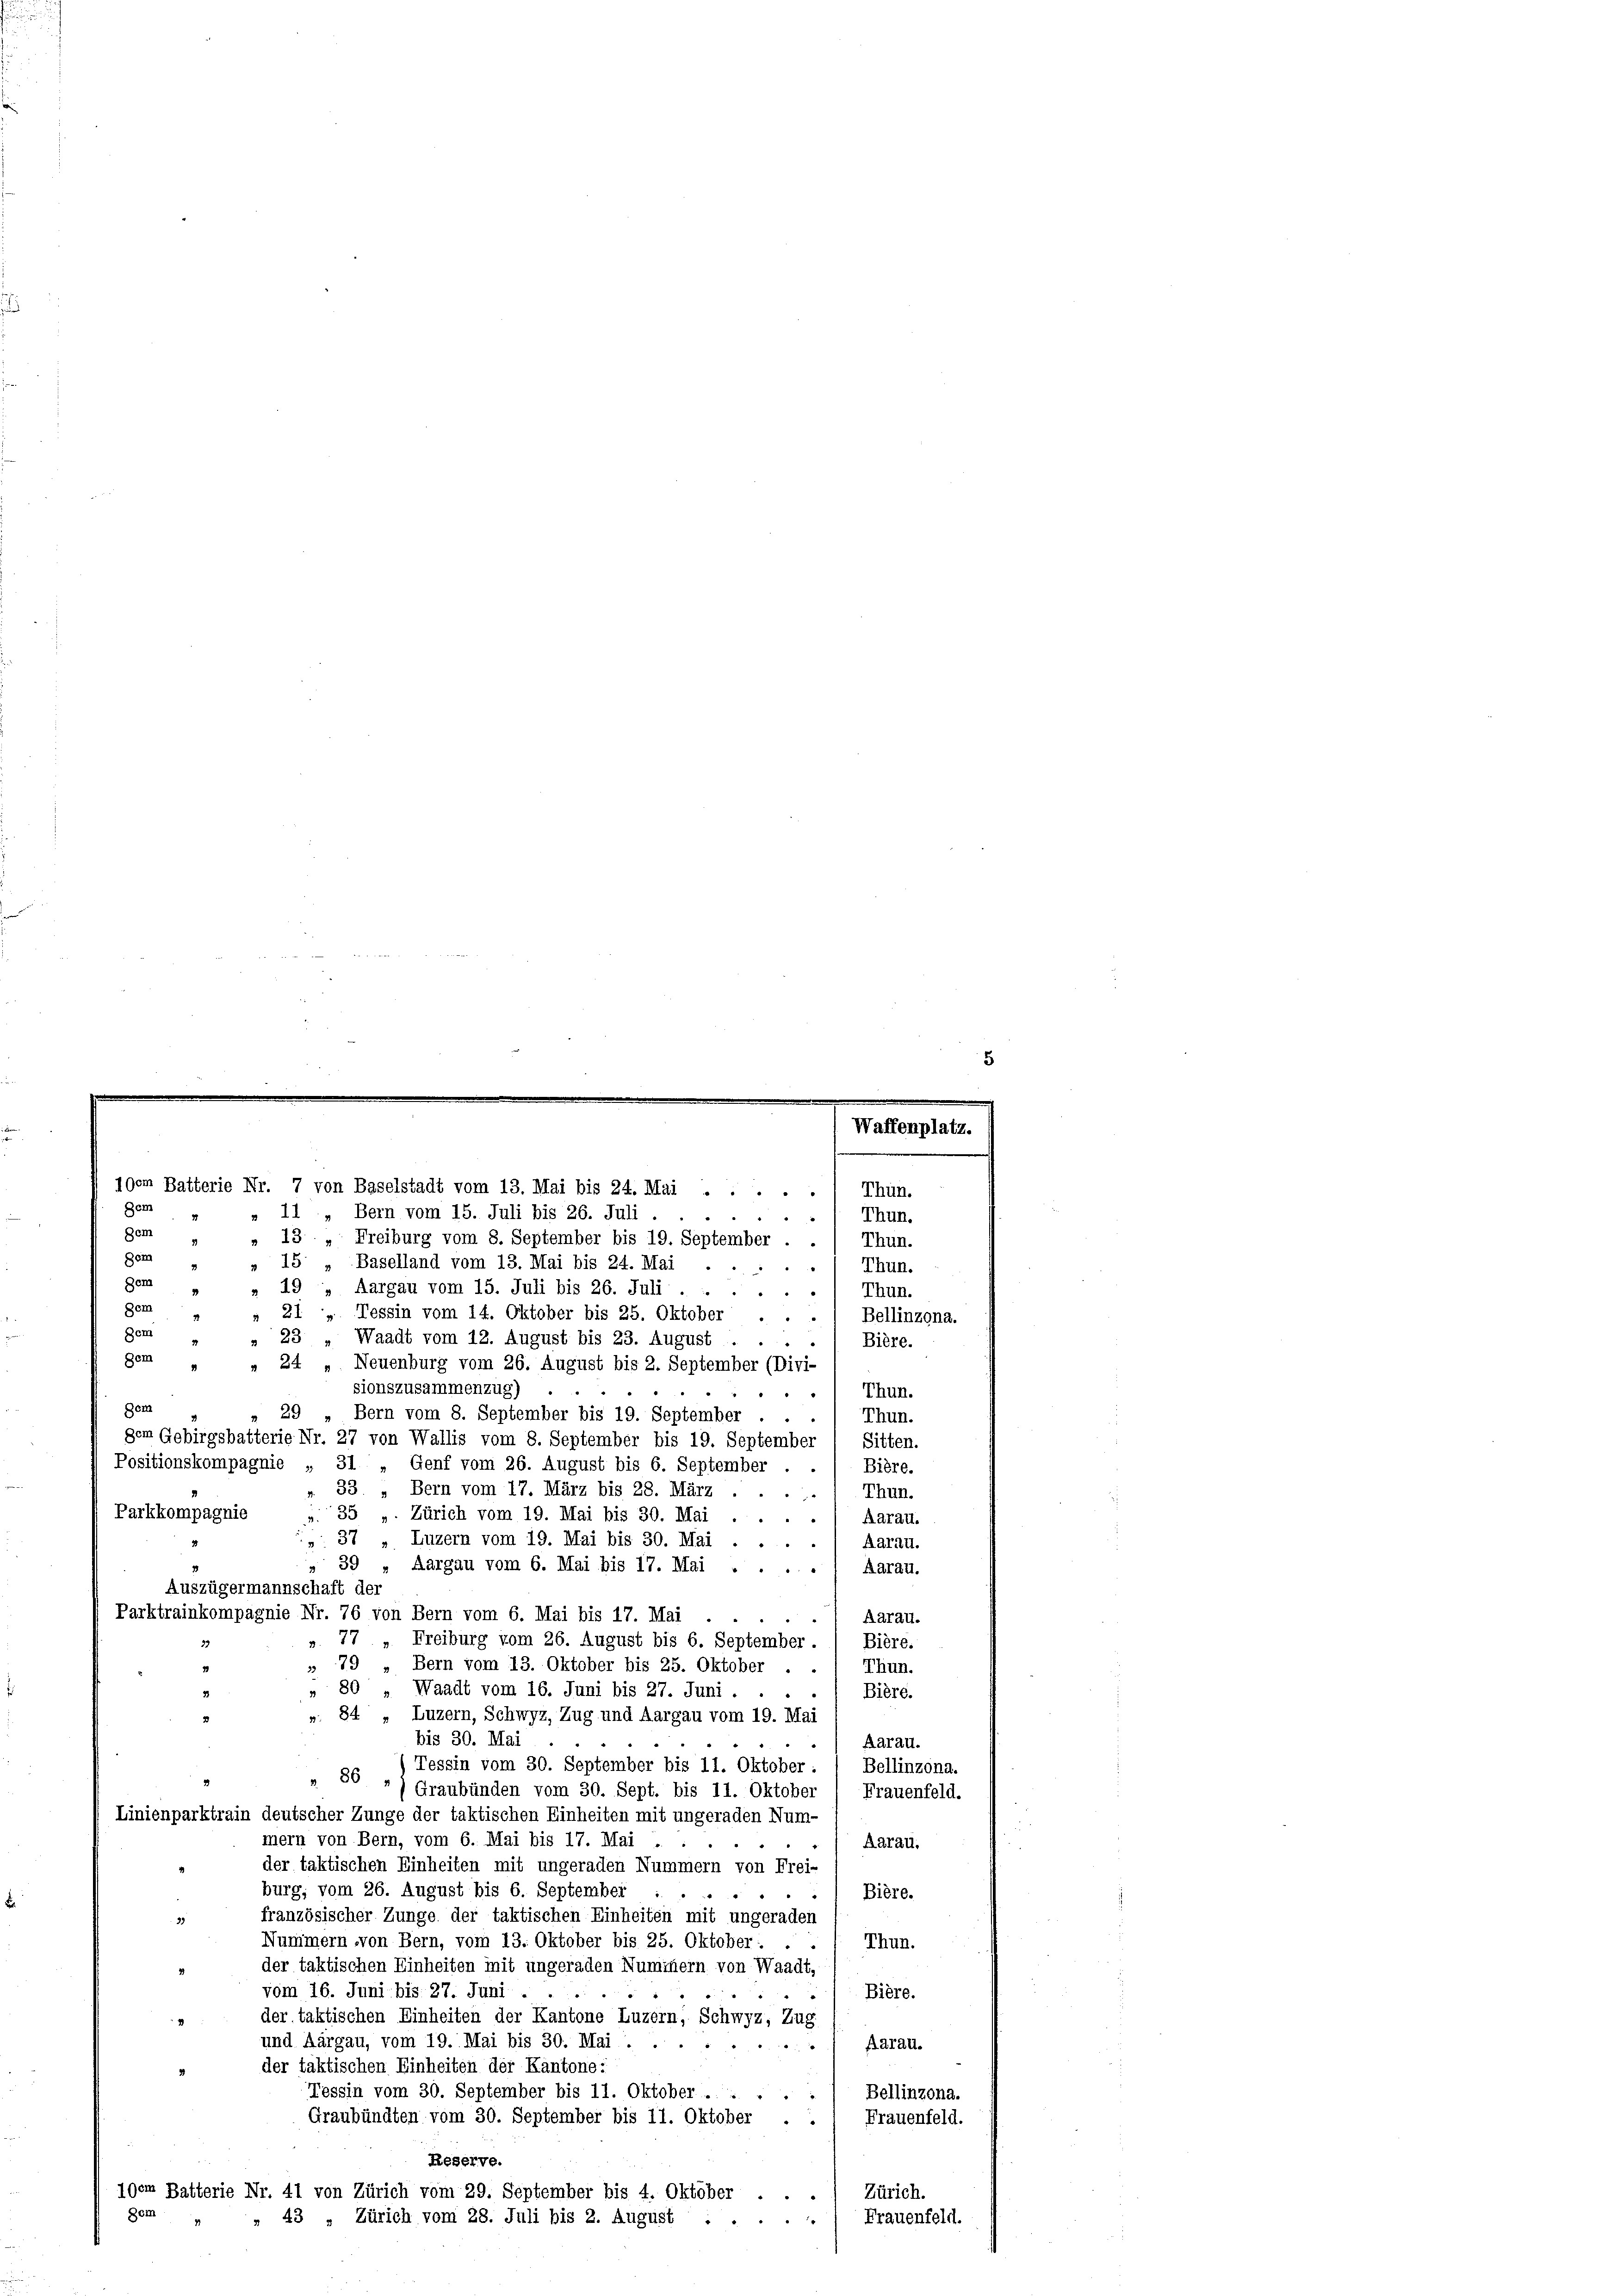
100m Batterie Nr. 7 von Baselstadt vom 13. Mai bis 24. Mai .....) Thun.
Dem
Bern vom 15. Juli bis 26. Juli
11
Dem
13 „Freiburg vom 8. September bis 19. September . .
Thun.
ger
15 " Baselland vom 13. Mai bis 24. Mai
Thun.
d
Der
19, Aargau vom 15. Juli bis 26. Juli.
Thun.
Dem
21, Tessin vom 14. Oktober bis 25. Oktober
33
Bellinzona.
Bem
Waadt vom 12. August bis 23. August
23
Bière.
gem „ „ 24 „Neuenburg vom 26. August bis 2. September (Divi-
sionszusammenzug)
Thun.
e
Gem
29
Bern vom 8. September bis 19. September ...
Thun.
gem Gebirgsbatterie Nr. 27 von Wallis vom 8. September bis 19. September
Sitten.
Positionskompagnie
31.
" Genf vom 26. August bis 6. September
Bière.
33.
Bern vom 17. März bis 28. März
Thun.
Parkkompagnie
35 " Zürich vom 19. Mai bis 30. Mai
Aarau.
37 „ Luzern vom 19. Mai bis 30. Mai
Aarau.
"
39 „Aargau vom 6. Mai bis 17. Mai
Aarau.
1
Auszügermannschaft der
Parktrainkompagnie Nr. 76 von Bern vom 6. Mai bis 17. Mai
Aarau.
.
77
»Freiburg vom 26. August bis 6. September.
Bière.
 79 „Bern vom 13. Oktober bis 25. Oktober . . 1 Thun.
80
Waadt vom 16. Juni bis 27. Juni ...
Bière.
». 84 „ Luzern, Schwyz, Zug und Aargau vom 19. Mai
bis 30. Mai
Aarau.
Tessin vom 30. September bis 11. Oktober :
Bellinzona.
86
(Graubünden vom 30. Sept. bis 11. Oktober Frauenfeld.
Linienparktrain deutscher Zunge der taktischen Einheiten mit ungeraden Num-
mern von Bern, vom 6. Mai bis 17. Mai
Aarau.
der taktischen Einheiten mit ungeraden Nummern von Frei-
burg, vom 26. August bis 6. September
Bière.
französischer Zunge der taktischen Einheiten mit ungeraden
Nummern von Bern, vom 13. Oktober bis 25. Oktober: ..
Thun.
der taktischen Einheiten mit ungeraden Nummern von Waadt,
vom 16. Juni bis 27. Juni .
Bière.
"
der taktischen Einheiten der Kantone Luzern, Schwyz, Zug
und Aargau, vom 19. Mai bis 30. Mai .
Aarau.
der taktischen Einheiten der Kantone:
Tessin vom 30. September bis 11. Oktober .. . . .
Bellinzona.
Graubünden vom 30. September bis 11. Oktober . .
Frauenfeld.
Reserve.
100m Batterie Nr. 41 von Zürich vom 29. September bis 4. Oktober
Zürich.
.
Bem
Frauenfeld.
» 43 „Zürich vom 28. Juli bis 2. August : „

Waffenplatz.
.
Thun.
"